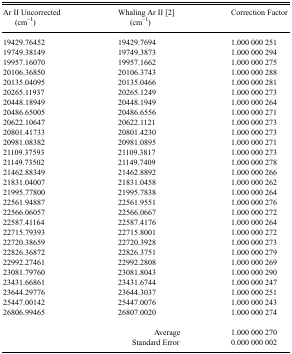
<table><thead><tr><td><b>Ar II Uncorrected (cm<sup>−1</sup>)</b></td><td><b>Whaling Ar II [2] (cm<sup>−1</sup>)</b></td><td><b>Correction Factor</b></td></tr></thead><tbody><tr><td>19429.76452</td><td>19429.7694</td><td>1.000 000 251</td></tr><tr><td>19749.38149</td><td>19749.3873</td><td>1.000 000 294</td></tr><tr><td>19957.16070</td><td>19957.1662</td><td>1.000 000 275</td></tr><tr><td>20106.36850</td><td>20106.3743</td><td>1.000 000 288</td></tr><tr><td>20135.04095</td><td>20135.0466</td><td>1.000 000 281</td></tr><tr><td>20265.11937</td><td>20265.1249</td><td>1.000 000 273</td></tr><tr><td>20448.18949</td><td>20448.1949</td><td>1.000 000 264</td></tr><tr><td>20486.65005</td><td>20486.6556</td><td>1.000 000 271</td></tr><tr><td>20622.10647</td><td>20622.1121</td><td>1.000 000 273</td></tr><tr><td>20801.41733</td><td>20801.4230</td><td>1.000 000 273</td></tr><tr><td>20981.08382</td><td>20981.0895</td><td>1.000 000 271</td></tr><tr><td>21109.37593</td><td>21109.3817</td><td>1.000 000 273</td></tr><tr><td>21149.73502</td><td>21149.7409</td><td>1.000 000 278</td></tr><tr><td>21462.88349</td><td>21462.8892</td><td>1.000 000 266</td></tr><tr><td>21831.04007</td><td>21831.0458</td><td>1.000 000 262</td></tr><tr><td>21995.77800</td><td>21995.7838</td><td>1.000 000 264</td></tr><tr><td>22561.94887</td><td>22561.9551</td><td>1.000 000 276</td></tr><tr><td>22566.06057</td><td>22566.0667</td><td>1.000 000 272</td></tr><tr><td>22587.41164</td><td>22587.4176</td><td>1.000 000 264</td></tr><tr><td>22715.79393</td><td>22715.8001</td><td>1.000 000 272</td></tr><tr><td>22720.38659</td><td>22720.3928</td><td>1.000 000 273</td></tr><tr><td>22826.36872</td><td>22826.3751</td><td>1.000 000 279</td></tr><tr><td>22992.27461</td><td>22992.2808</td><td>1.000 000 269</td></tr><tr><td>23081.79760</td><td>23081.8043</td><td>1.000 000 290</td></tr><tr><td>23431.66861</td><td>23431.6744</td><td>1.000 000 247</td></tr><tr><td>23644.29776</td><td>23644.3037</td><td>1.000 000 251</td></tr><tr><td>25447.00142</td><td>25447.0076</td><td>1.000 000 243</td></tr><tr><td>26806.99465</td><td>26807.0020</td><td>1.000 000 274</td></tr><tr><td></td><td>Average</td><td>1.000 000 270</td></tr><tr><td></td><td>Standard Error</td><td>0.000 000 002</td></tr></tbody></table>